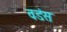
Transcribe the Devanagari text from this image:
वडंस